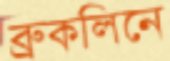
ব্রুকলিনে